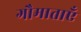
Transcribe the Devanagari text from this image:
गौमाताएँ